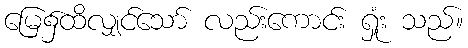
မြေ၌ထိလျှင်သော် လည်းကောင်း ရှုံး သည်။